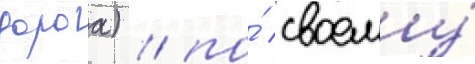
дорога) / по́ своему́